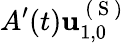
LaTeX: A^{\prime}(t)\mathbf{u}_{1,0}^{\mathrm{~(~S~)~}}